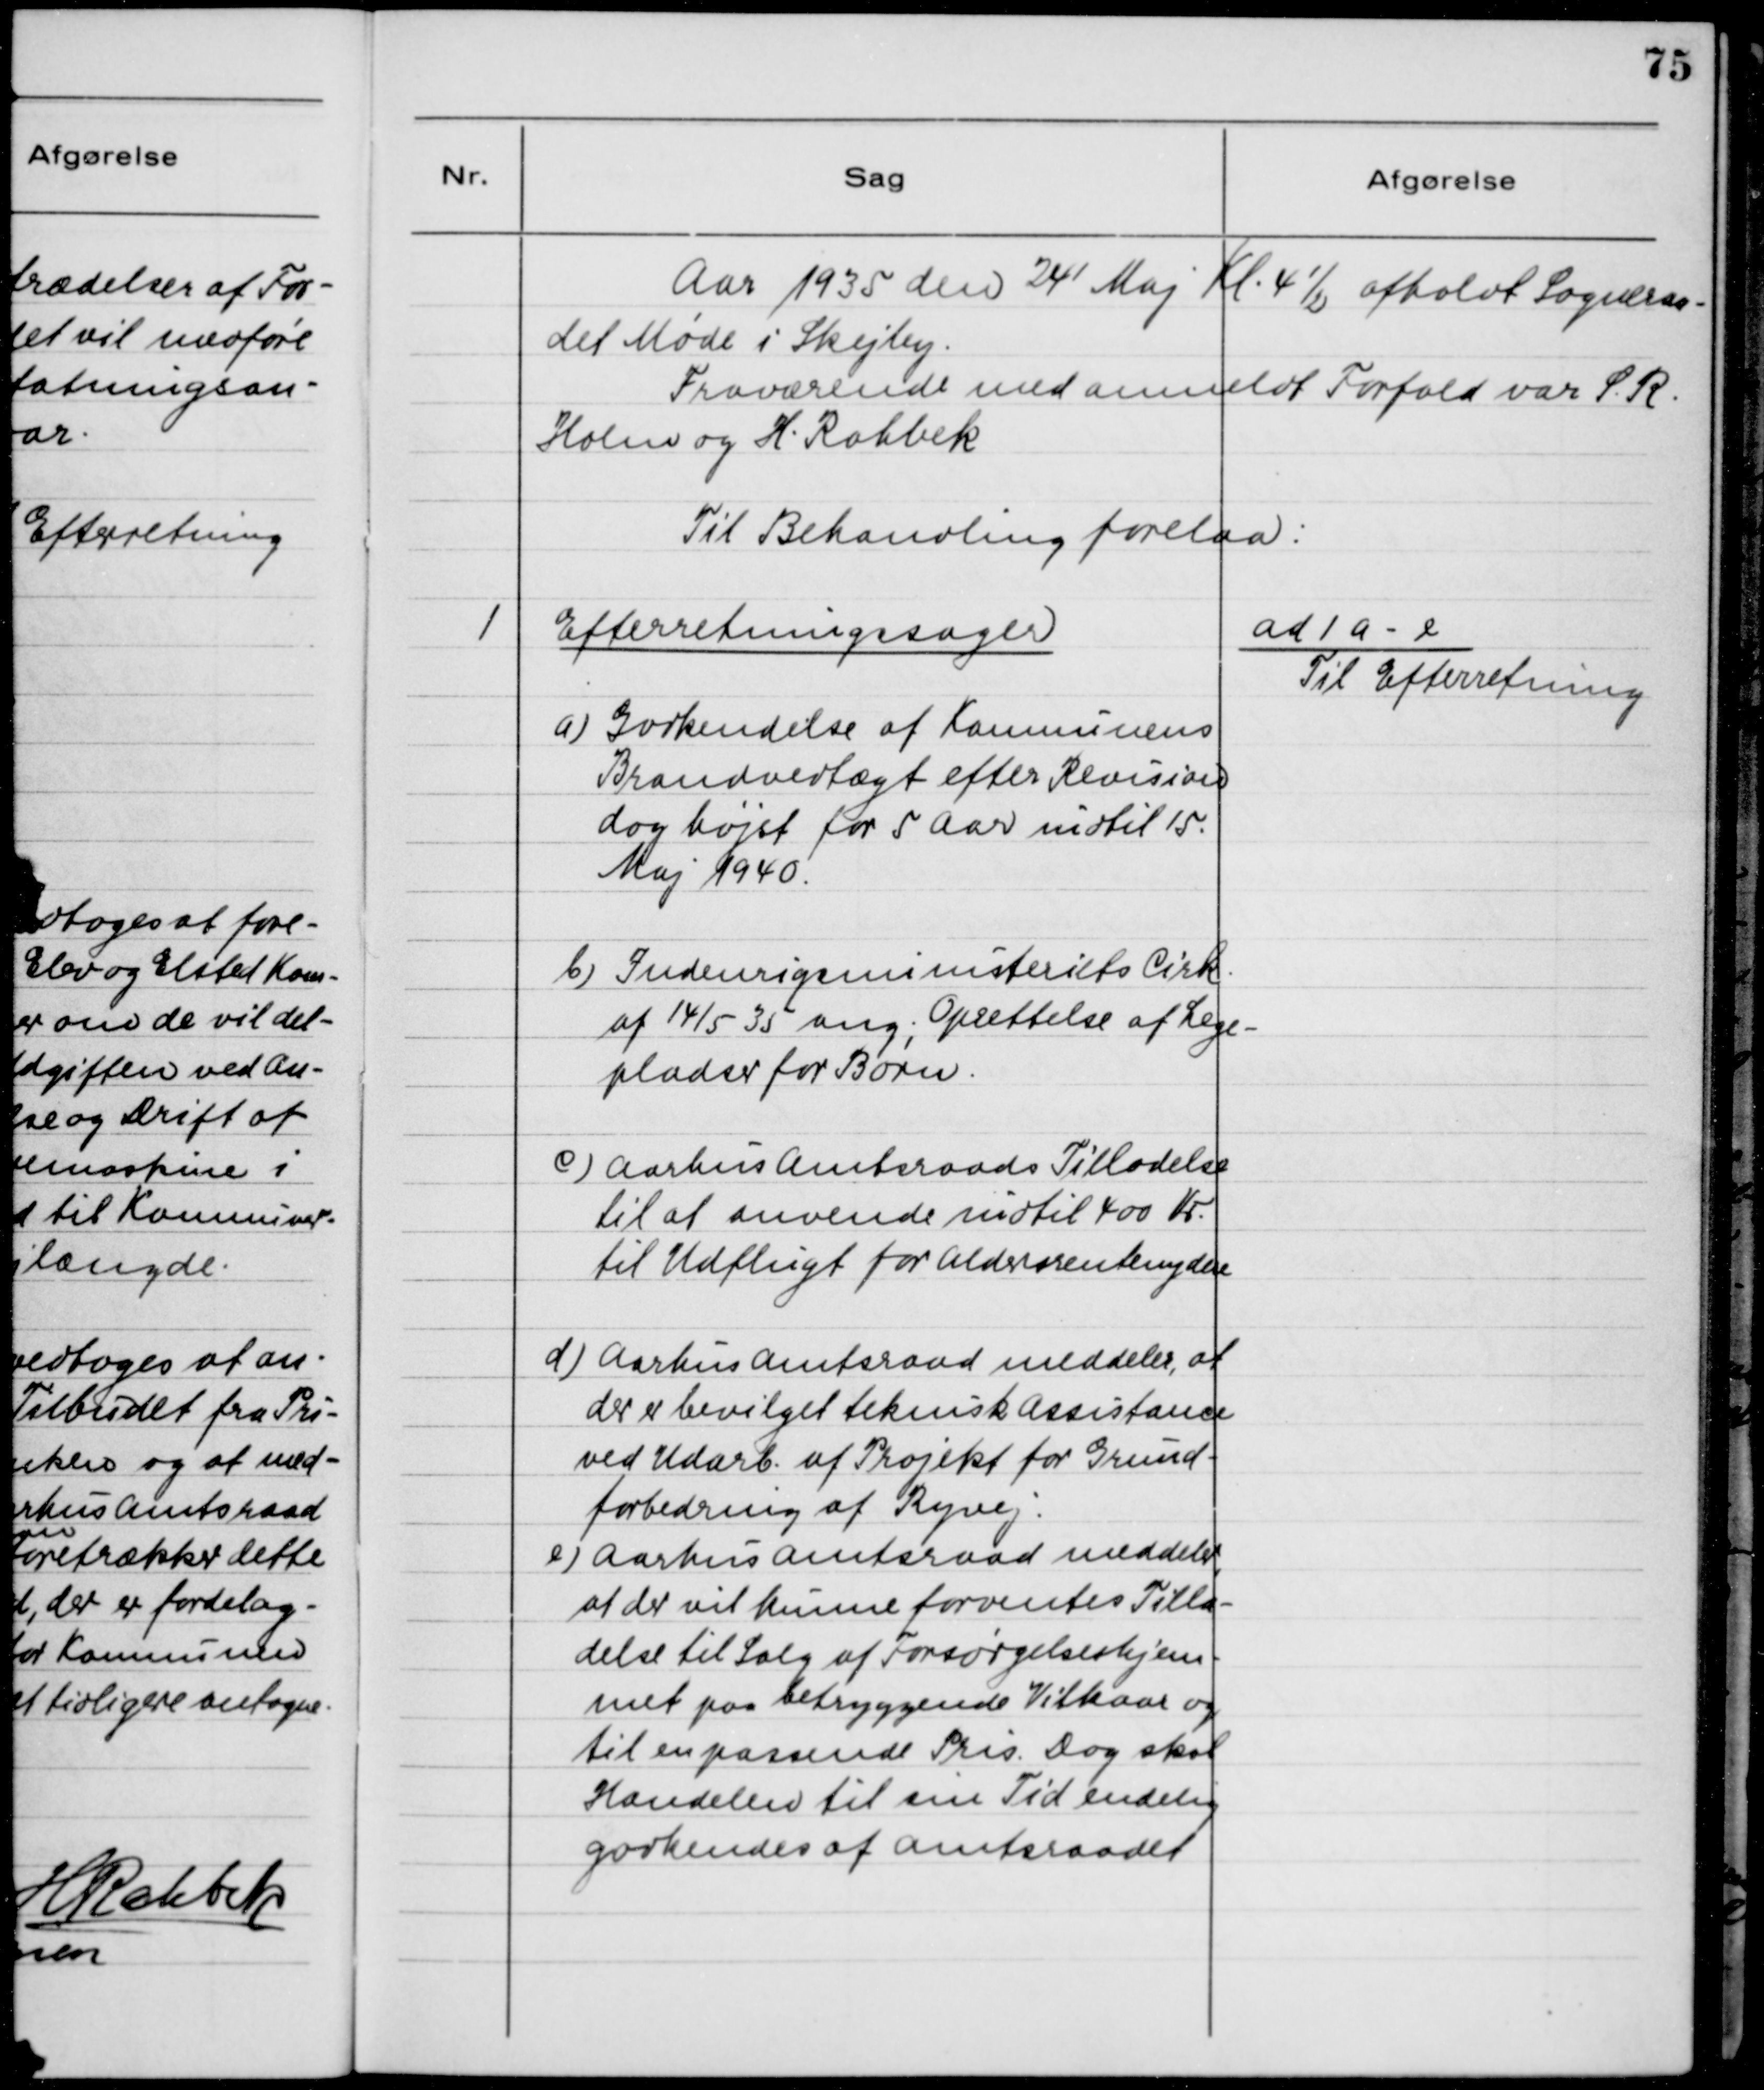
Transskription:
Aar 1935 den 24 Maj Kl. 4 1/2 afholdt Sogneraa-
det Møde i Skejby.
Fraværende med anmeldt Forfald var S. R.
Holm og H. Rahbek.
Til Behandling forelaa:

1

Efterretningssager
a) Godkendelse af Kommunens
Brandvedtægt efter Revision
dog højst for 5 Aar indtil 15.
Maj 1940.
b) Indenrigsministeriets Cirk.
af 14/5 35 ang. Oprettelse af Lege-
pladser for Børn.
c) Aarhus Amtsraads Tilladelse
til at anvende indtil 400 Kr.
til Udflugt for Aldersrentenydere
d) Aarhus Amtsraad meddeler, at
der er bevilget teknisk Assistance
ved Udarb. af Projekt for Grund-
forbedring af Ryvej.
e) Aarhus Amtsraad meddeler,
at der vil kunne forventes Tilla-
delse til Salg af Forsørgelseshjem-
met paa betryggende Vilkaar og
til en passende Pris. Dog skal
Handelen til sin Tid endelig
godkendes af Amtsraadet.

ad 1 a - e
Til Efterretning